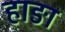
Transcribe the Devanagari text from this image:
हाङा